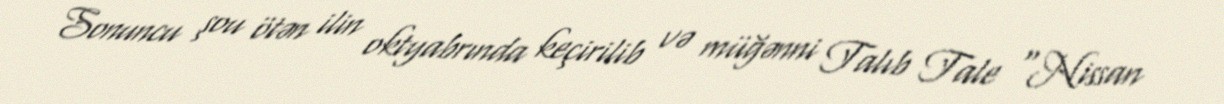
Sonuncu şou ötən ilin oktyabrında keçirilib və müğənni Talıb Tale “Nissan